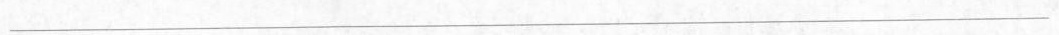
___